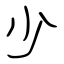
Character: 少